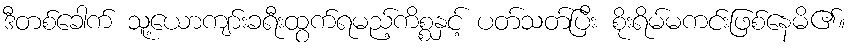
ဒီတစ်ခေါက် သူ့ယောကျာ်းခရီးထွက်ရမည့်ကိစ္စနှင့် ပတ်သတ်ပြီး စိုးရိမ်မကင်းဖြစ်နေမိ၏။